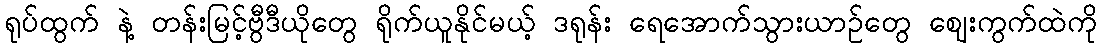
ရုပ်ထွက် နဲ့ တန်းမြင့်ဗွီဒီယိုတွေ ရိုက်ယူနိုင်မယ့် ဒရုန်း ရေအောက်သွားယာဉ်တွေ ဈေးကွက်ထဲကို